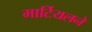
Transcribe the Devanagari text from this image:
मार्टियलने